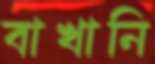
বাখানি